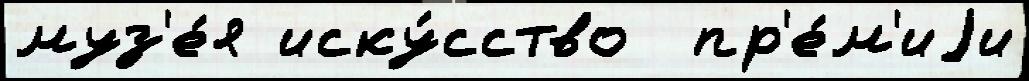
муз'е́я иску́сство  пр'е́м'иjи